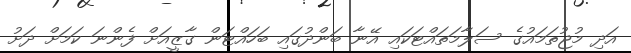
އަދި މުޖުތަމައުގެ ސަލާމަތައްޓަކައި އޭނާ ބަންދުގައި ބަހައްޓަން ގާޒީއަށް ފެންނަ ކަަމަަށް ދަށު